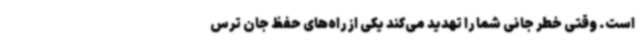
است. وقتی خطر جانی شما را تهدید می‌کند یکی از راه‌های حفظ جان ترس